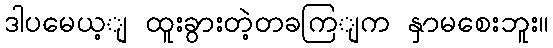
ဒါပမေယ့ျ ထူးခွားတဲ့တခကြျက နှာမစေးဘူး။